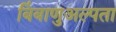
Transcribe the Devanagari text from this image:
बिंबाणुअल्पता